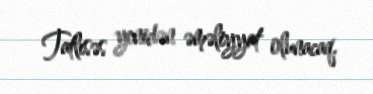
Tatlısəs yenidən əməliyyat olunacaq.